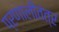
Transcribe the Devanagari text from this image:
प्रणालीतंत्र